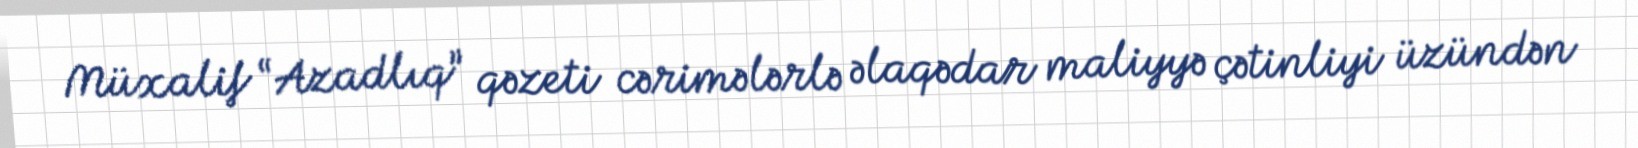
Müxalif “Azadlıq” qəzeti cərimələrlə əlaqədar maliyyə çətinliyi üzündən